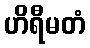
ဟိရီမတံ